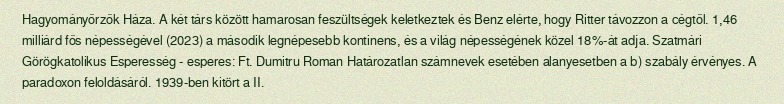
Hagyományőrzők Háza. A két társ között hamarosan feszültségek keletkeztek és Benz elérte, hogy Ritter távozzon a cégtől. 1,46 milliárd fős népességével (2023) a második legnépesebb kontinens, és a világ népességének közel 18%-át adja. Szatmári Görögkatolikus Esperesség - esperes: Ft. Dumitru Roman Határozatlan számnevek esetében alanyesetben a b) szabály érvényes. A paradoxon feloldásáról. 1939-ben kitört a II.